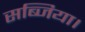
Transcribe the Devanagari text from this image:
सब्जिया।